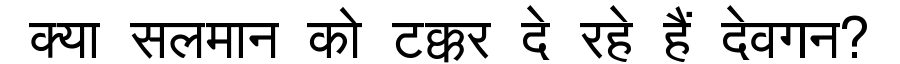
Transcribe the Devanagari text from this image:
क्या सलमान को टक्कर दे रहे हैं देवगन?